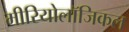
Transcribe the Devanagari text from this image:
मीरियोलॉजिकल